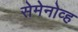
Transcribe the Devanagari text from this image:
सेमेनोव्ह